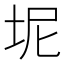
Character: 坭